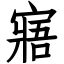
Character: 寤